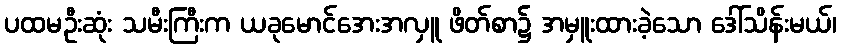
ပထမဦးဆုံး သမီးကြီးက ယခုမောင်အေးအလှူ ဖိတ်စာ၌ အမှူးထားခဲ့သော ဒေါ်သိန်းမယ်၊